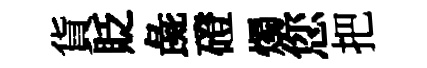
貨貶彘磴燭您把